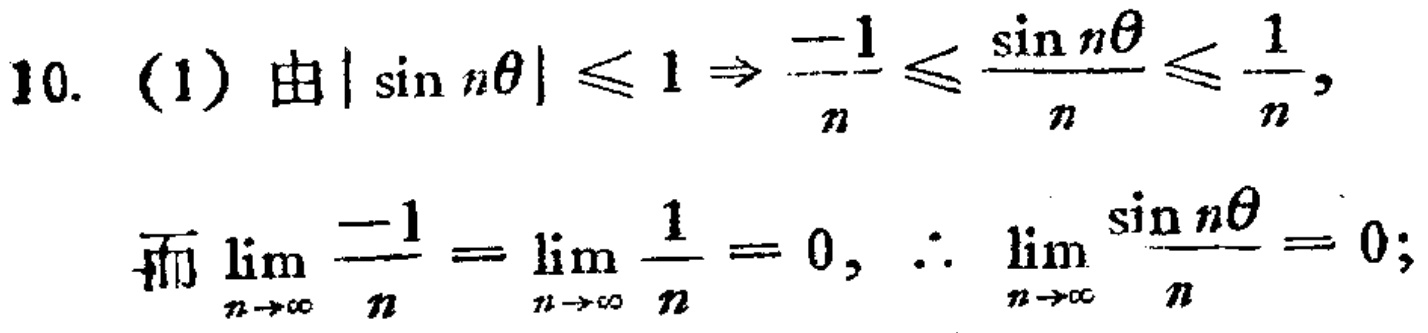
10. (1) 由\(|\sin n\theta|\leq 1\Rightarrow \frac{-1}{n}\leq \frac{\sin n\theta}{n}\leq \frac{1}{n}\)，
而\(\lim_{n \to \infty} \frac{-1}{n} = \lim_{n \to \infty} \frac{1}{n} = 0\)，\(\therefore \lim_{n \to \infty} \frac{\sin n\theta}{n} = 0\)；